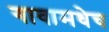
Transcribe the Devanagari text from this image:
गावामधेच